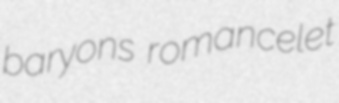
baryons romancelet